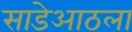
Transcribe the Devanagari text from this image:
साडेआठला